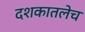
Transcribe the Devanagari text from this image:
दशकातलेच